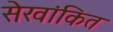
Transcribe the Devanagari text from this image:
सेखांकित